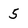
Character: 5